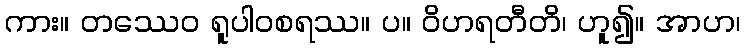
ကား။ တဿေဝ ရူပါဝစရဿ။ ပ။ ဝိဟရတီတိ၊ ဟူ၍။ အာဟ၊